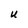
Character: U